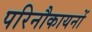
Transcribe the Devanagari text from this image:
परिनौकायनों